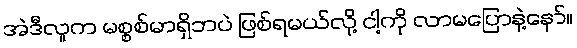
အဲဒီလူက မစ္စစ်မာရှိဘပဲ ဖြစ်ရမယ်လို့ ငါ့ကို လာမပြောနဲ့နော်။